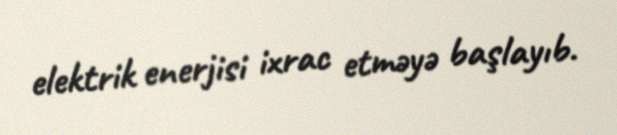
elektrik enerjisi ixrac etməyə başlayıb.